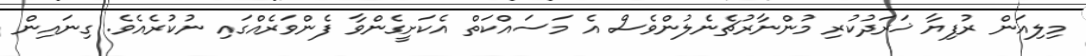
މިލިއަން ރުފިޔާ ޚަރަދުކުރި މުންނާރުޗެނެލުންވެސް އެ މަސައްކަތް އެކަށީގެންވާ ފެންވަރެއްގައި ނުކުރެއެވެ. ގިނައިން